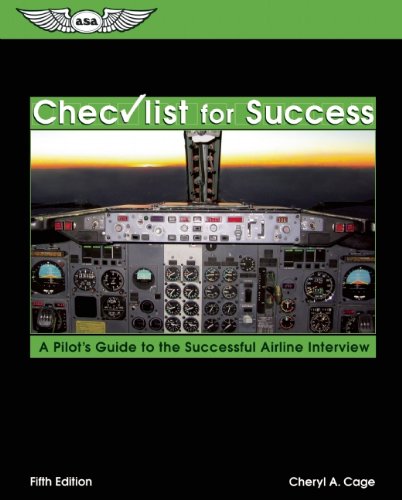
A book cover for Checklist for Success: A Pilot's Guide to the Successful Airline Interview (Professional Aviation series); Cheryl A. Cage; Business & Money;